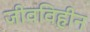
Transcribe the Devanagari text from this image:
जीवविहीन